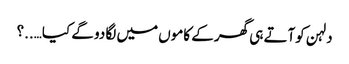
دلہن کوآتے ہی گھر کے کاموں میں لگا دو گے کیا…..؟